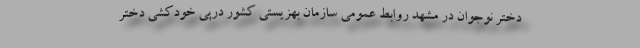
دختر نوجوان در مشهد روابط عمومی سازمان بهزیستی کشور درپی خودکشی دختر